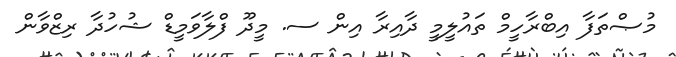
މުޞްތަފާ އިބްރާހީމް ތައުލީމީ ދާއިރާ އިން ސ. މީދޫ ފްލާވަމީޑް ޝުހުދާ ރިޒްވާން